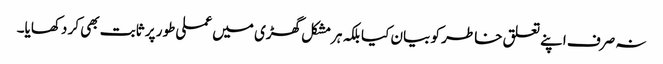
نہ صرف اپنے تعلق خاطر کو بیان کیا بلکہ ہرمشکل گھڑی میں عملی طور پر ثابت بھی کر دکھایا۔